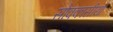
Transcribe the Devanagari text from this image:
सोक्कासीयां